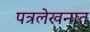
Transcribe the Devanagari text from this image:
पत्रलेखनात